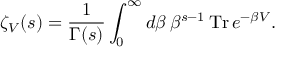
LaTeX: \zeta _ { \cal V } ( s ) = \frac { 1 } { \Gamma ( s ) } \int _ { 0 } ^ { \infty } d \beta \, \beta ^ { s - 1 } \, \mathrm { T r } \, e ^ { - \beta { \cal V } } .